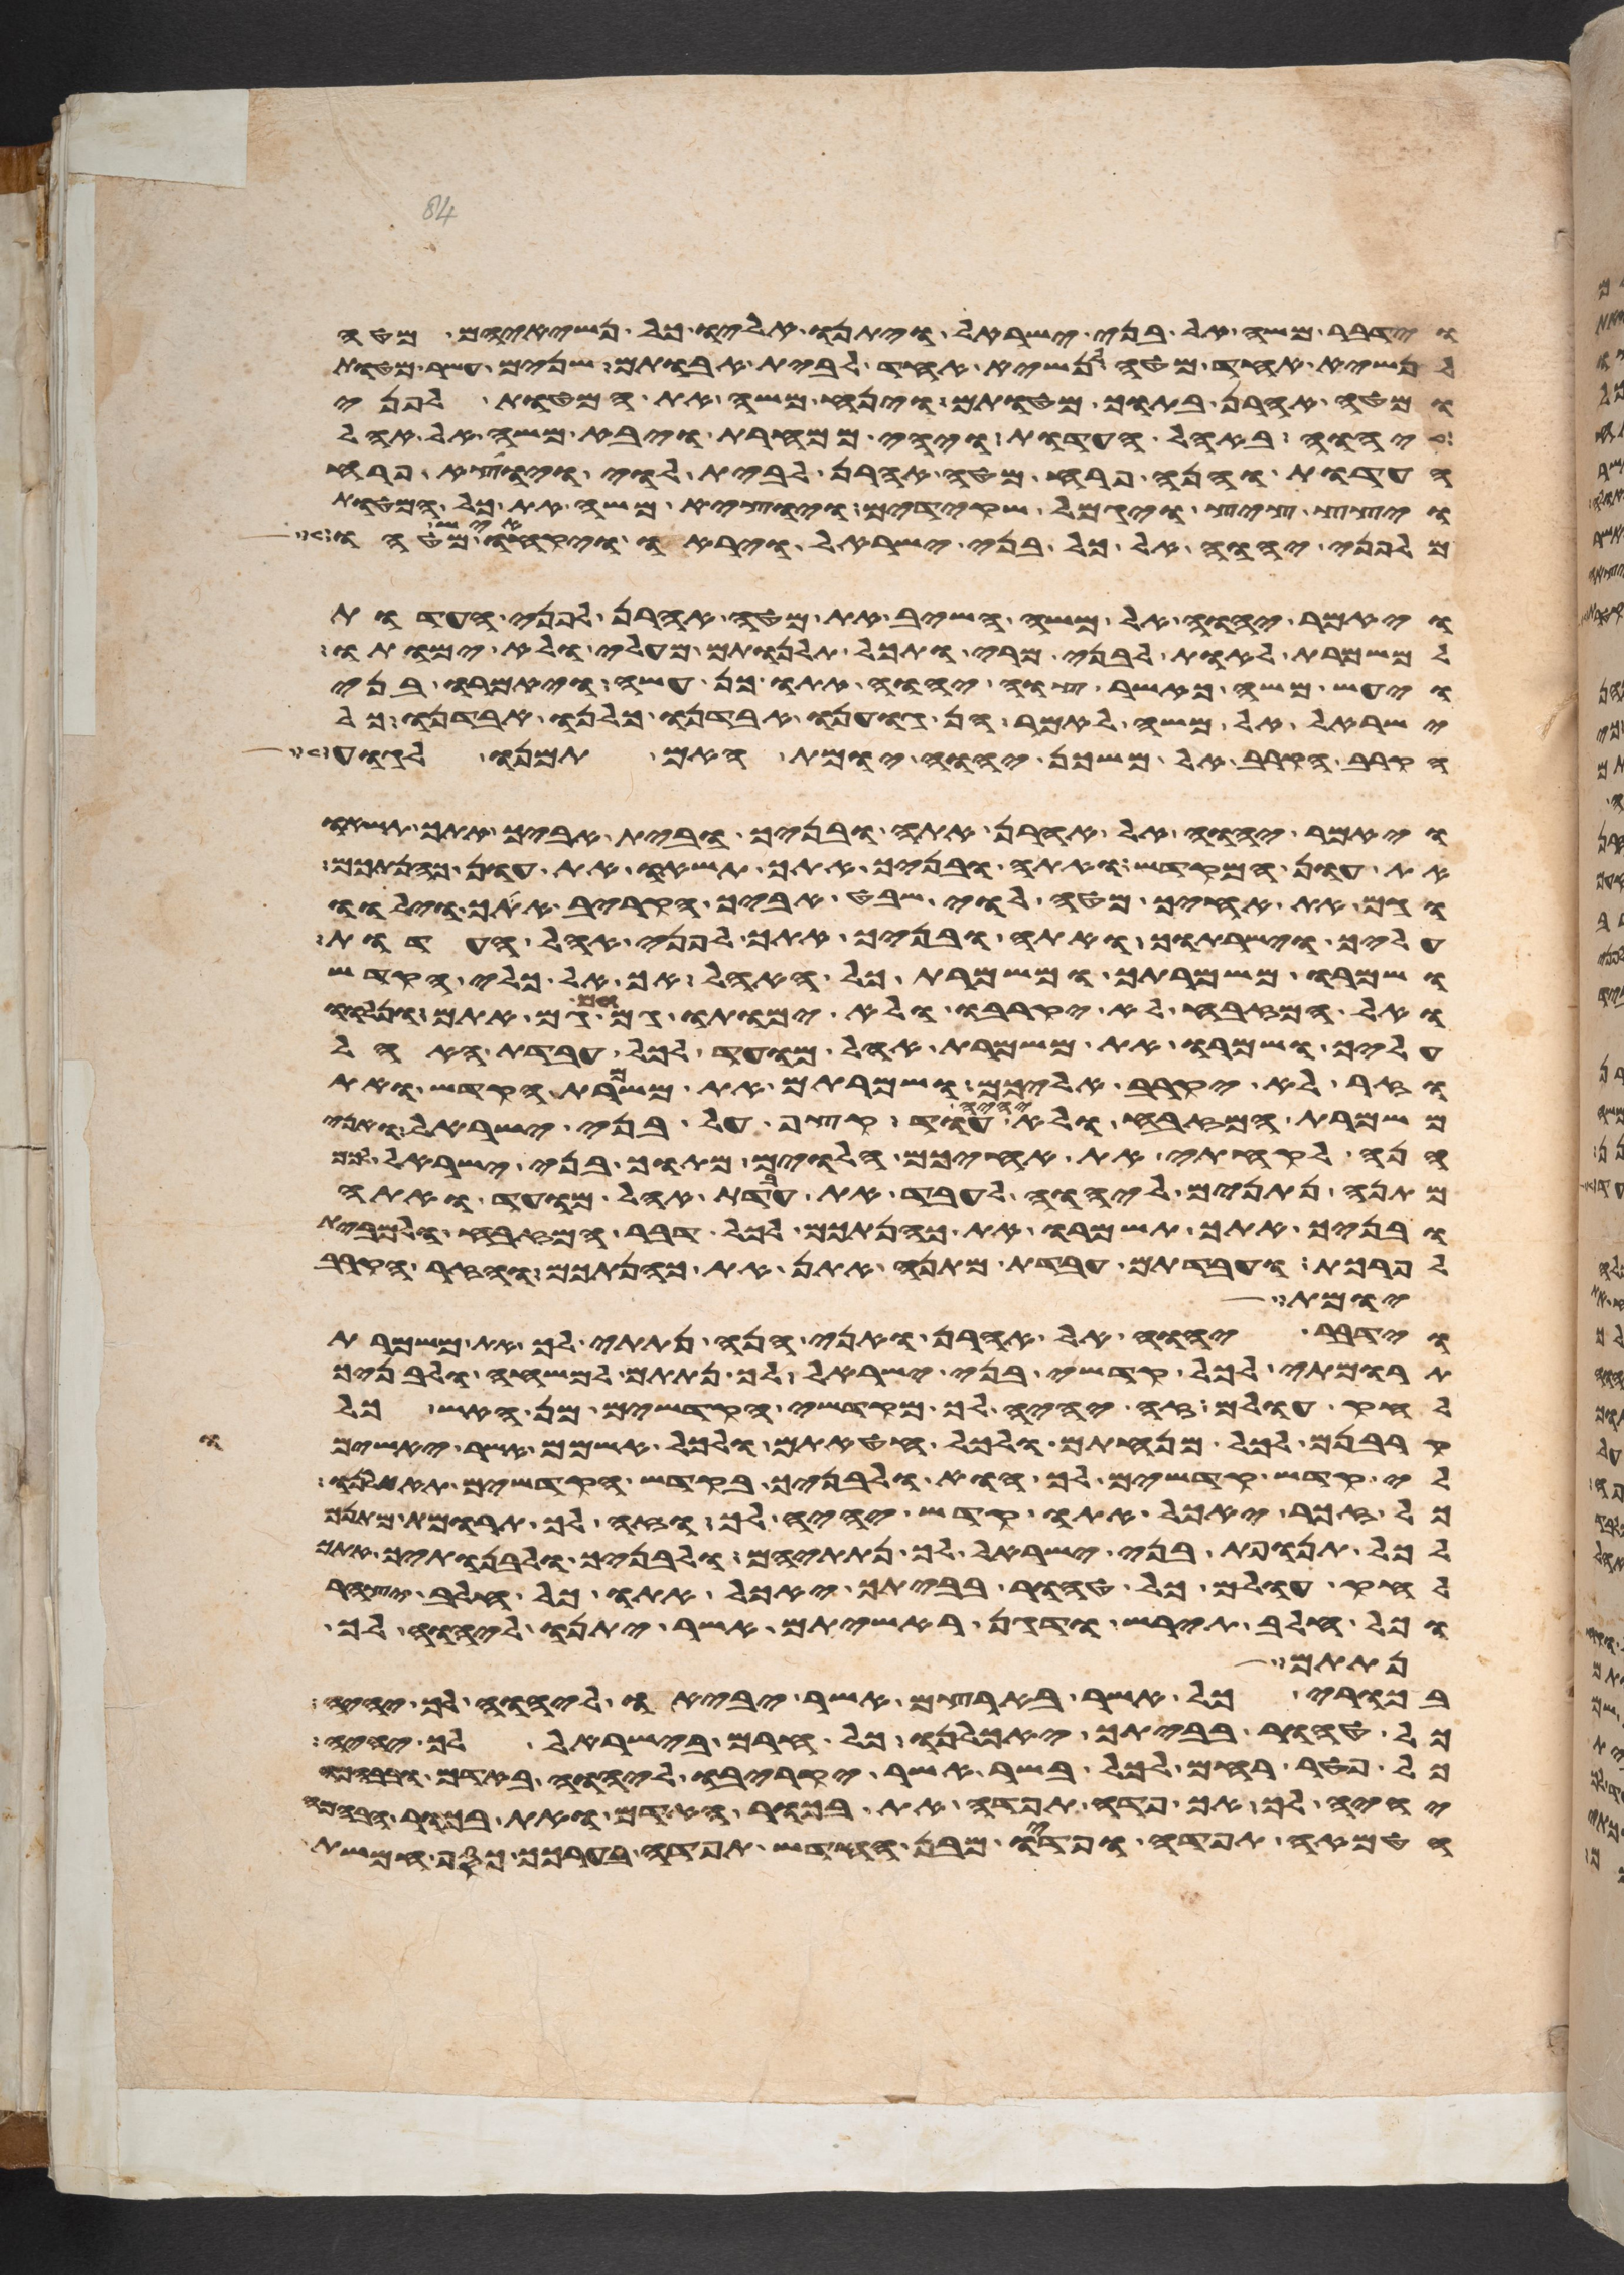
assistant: וידבר משה אל בני ישראל ויתנו אליו כל נשיאיהם מטה
לנשיא אחד מטה לנשיא אחד לבית אבותם שנים עשר מטות
ומטה אהרן בתוך מטותם וינח משה את המטות לפני
יהוה באהל העדות ויהי ממחרת ויבא משה אל אהל
העדות והנה פרח מטה אהרן לבית לוי ויוצא פרח
ויצץ ציץ ויגמל שקידים ויוצא משה את כל המטות
מלפני יהוה אל כל בני ישראל ויראו ויקחו איש מטהו
ויאמר יהוה אל משה השיב את מטה אהרן לפני העדות
למשמרת לאות לבני מרי ותכל תלנותם מעלי ולא ימותו
ויעש משה כאשר צוה יהוה אתו כן עשה ויאמרו בני
ישראל אל משה לאמר הן גוענו אבדנו כלנו אבדנו כל
הקרוב הקרב אל משכן יהוה יומת האם תמנו לגוע
ויאמר יהוה אל אהרן אתה ובניך ובית אביך אתך תשאו
את עון המקדש ואתה ובניך אתך תשאו את עון כהנתכם
וגם את אחיך מטה לוי שבט אביך הקריב אתך וילוו
עליך וישרתוך ואתה ובניך אתך לפני אהל העדות
ושמרו משמרתך ומשמרת כל האהל אך אל כלי הקדש
ואל המזבח לא יקרבו ולא ימותו גם הם גם אתם ונלוו
עליך ושמרו את משמרת אהל מועד לכל עבדת האהל
וזר לא יקרב אליכם ושמרתם את משמרת הקדש ואת
משמרת המזבח ולא יהיה עוד קצף על בני ישראל ואני
הנה לקחתי את אחיכם הלוים מתוך בני ישראל לכם
מתנה נתנים ליהוה לעבד את עבדת אהל מועד ואתה
ובניך אתך תשמרו את כהנתכם לכל דבר המזבח ולמבית
לפרכת ועבדתם עבדת מתנה אתן את כהנתכם והזר הקרב
יומת
וידבר יהוה אל אהרן ואני הנה נתתי לך את משמרת
תרומתי לכל קדשי בני ישראל לך נתתים למשחה ולבניך
לחק עולם זה יהיה לך מקדשי הקדשים מן האש כל
קרבנם לכל מנחתם ולכל חטאתם ולכל אשמם אשר יאשמו
לי קדש קדשים לך הוא ולבניך בקדש הקדשים
כל זכר יאכל אתו קדש יהיה לך וזה לך תרומת
לכל תנופת בני ישראל לך נתתים ולבניך ולבנתיך אתך
לחק עולם כל טהור בביתך יאכל אתו כל חלב יצהר
וכל חלב תירש ודגן ראשיתם אשר יתנו ליהוה לך
ונתתם
בכורי כל אשר בארצם אשר יביאו ליהוה לך יהיה
כל טהור בביתך יאכלנו כל חרם בישראל לך יהיה
כל פטר רחם לכל בשר אשר יקריבו ליהוה באדם ובבהמה
יהיה לך אך פדה תפדה את בכור האדם ואת בכור הבהמה
הטמאה תפדה ופדיו מבן חדש תפדה בערכך כסף חמשת